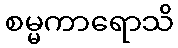
စမ္မကာရောသိ